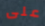
على